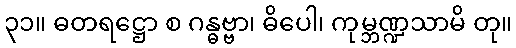
၃၁။ ဓတရဋ္ဌော စ ဂန္ဓဗ္ဗာ၊ ဓိပေါ၊ ကုမ္ဘဏ္ဍသာမိ တု။